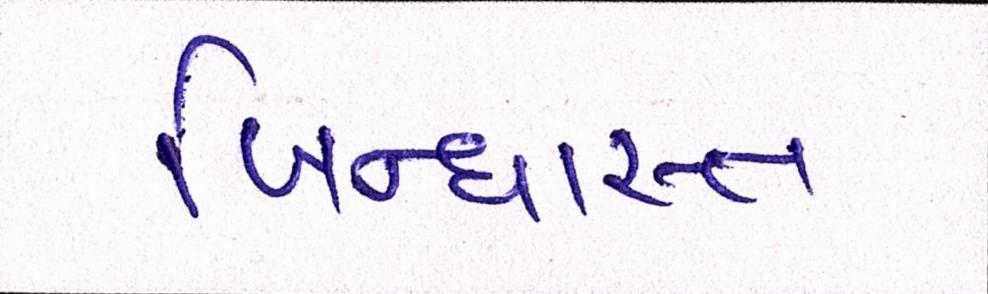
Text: બિન્ધાસ્ત